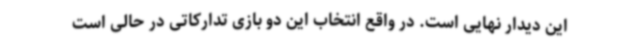
این دیدار نهایی است. در واقع انتخاب این دو بازی تدارکاتی در حالی است